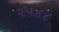
૨૫૪૮